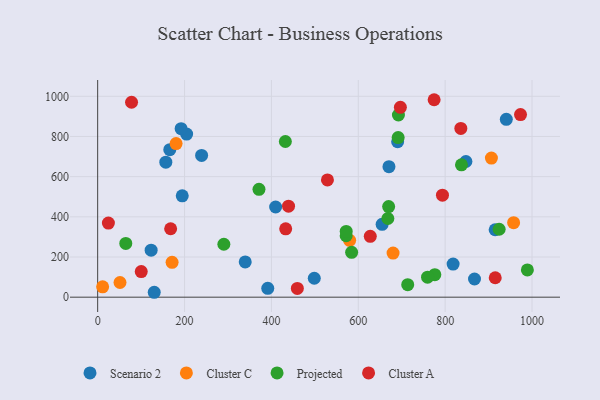
{"axis": {"x": "Investment", "y": "Rating"}, "legend": ["Cluster A", "Cluster C", "Projected", "Scenario 2"], "data": [{"x": "847.8", "y": 675.5, "type": "Scenario 2"}, {"x": "409.7", "y": 448.9, "type": "Scenario 2"}, {"x": "654.9", "y": 362.5, "type": "Scenario 2"}, {"x": "194.7", "y": 504.8, "type": "Scenario 2"}, {"x": "339.7", "y": 175.7, "type": "Scenario 2"}, {"x": "130.2", "y": 24.4, "type": "Scenario 2"}, {"x": "670.6", "y": 649.5, "type": "Scenario 2"}, {"x": "156.9", "y": 672.2, "type": "Scenario 2"}, {"x": "239.3", "y": 705.7, "type": "Scenario 2"}, {"x": "204.8", "y": 811.9, "type": "Scenario 2"}, {"x": "867.6", "y": 90.4, "type": "Scenario 2"}, {"x": "391.6", "y": 44.2, "type": "Scenario 2"}, {"x": "915.1", "y": 335.6, "type": "Scenario 2"}, {"x": "690.6", "y": 773.8, "type": "Scenario 2"}, {"x": "123.1", "y": 233.9, "type": "Scenario 2"}, {"x": "192.1", "y": 839.0, "type": "Scenario 2"}, {"x": "818.3", "y": 164.9, "type": "Scenario 2"}, {"x": "498.7", "y": 94.2, "type": "Scenario 2"}, {"x": "166.0", "y": 734.1, "type": "Scenario 2"}, {"x": "940.8", "y": 885.5, "type": "Scenario 2"}, {"x": "11.4", "y": 51.5, "type": "Cluster C"}, {"x": "580.1", "y": 282.9, "type": "Cluster C"}, {"x": "906.5", "y": 692.3, "type": "Cluster C"}, {"x": "171.3", "y": 173.6, "type": "Cluster C"}, {"x": "957.6", "y": 371.1, "type": "Cluster C"}, {"x": "180.5", "y": 764.7, "type": "Cluster C"}, {"x": "680.1", "y": 219.5, "type": "Cluster C"}, {"x": "51.4", "y": 73.0, "type": "Cluster C"}, {"x": "290.5", "y": 263.6, "type": "Projected"}, {"x": "989.3", "y": 135.9, "type": "Projected"}, {"x": "776.2", "y": 111.8, "type": "Projected"}, {"x": "584.7", "y": 223.5, "type": "Projected"}, {"x": "837.6", "y": 659.1, "type": "Projected"}, {"x": "572.1", "y": 305.7, "type": "Projected"}, {"x": "432.1", "y": 775.1, "type": "Projected"}, {"x": "713.8", "y": 62.3, "type": "Projected"}, {"x": "572.2", "y": 327.4, "type": "Projected"}, {"x": "692.4", "y": 907.0, "type": "Projected"}, {"x": "691.8", "y": 794.7, "type": "Projected"}, {"x": "64.7", "y": 267.5, "type": "Projected"}, {"x": "668.1", "y": 391.8, "type": "Projected"}, {"x": "924.3", "y": 338.1, "type": "Projected"}, {"x": "669.9", "y": 451.0, "type": "Projected"}, {"x": "759.5", "y": 99.4, "type": "Projected"}, {"x": "371.4", "y": 537.1, "type": "Projected"}, {"x": "627.6", "y": 303.0, "type": "Cluster A"}, {"x": "100.3", "y": 127.7, "type": "Cluster A"}, {"x": "836.1", "y": 840.0, "type": "Cluster A"}, {"x": "459.7", "y": 43.8, "type": "Cluster A"}, {"x": "793.8", "y": 507.6, "type": "Cluster A"}, {"x": "432.9", "y": 340.5, "type": "Cluster A"}, {"x": "529.0", "y": 583.5, "type": "Cluster A"}, {"x": "168.0", "y": 340.6, "type": "Cluster A"}, {"x": "439.4", "y": 452.9, "type": "Cluster A"}, {"x": "774.6", "y": 983.0, "type": "Cluster A"}, {"x": "696.9", "y": 945.4, "type": "Cluster A"}, {"x": "78.0", "y": 970.4, "type": "Cluster A"}, {"x": "973.5", "y": 909.3, "type": "Cluster A"}, {"x": "24.7", "y": 369.0, "type": "Cluster A"}, {"x": "915.3", "y": 96.7, "type": "Cluster A"}]}